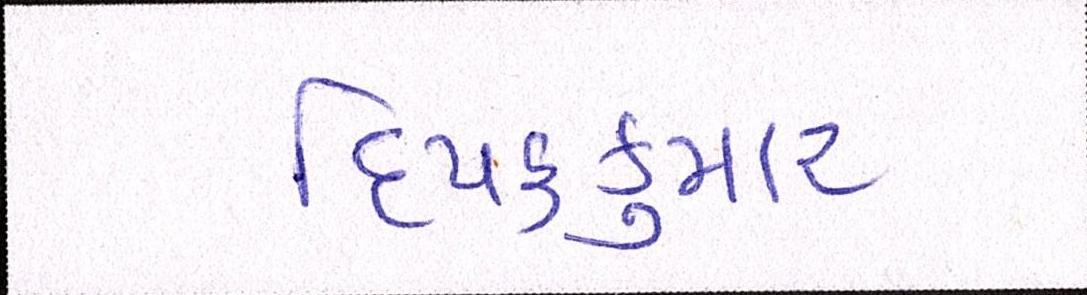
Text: દિપકકુમાર